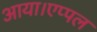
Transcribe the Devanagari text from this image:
आया।एप्पल